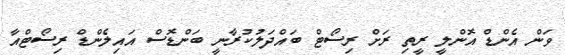
ވަން އެންޑް އޮންލީ ރީތި ރަށް ރިސޯޓް ބައްދަލުކުރާނީ ބަންޑޮސް އައިލެންޑް ރިސޯޓްއާ